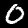
Label: 0